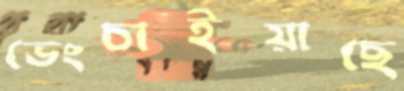
ভেংচাইয়াছে